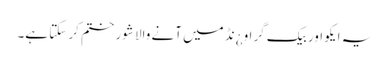
یہ ایکو اور بیک گراو¿نڈ میں آنے والا شور ختم کر سکتا ہے۔